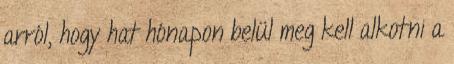
arról, hogy hat hónapon belül meg kell alkotni a